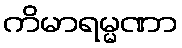
ကိမာရမ္မဏာ